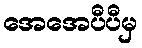
အေအေပီပီမှ